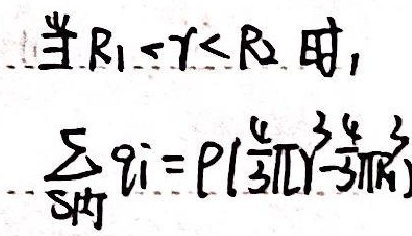
当\(R_{1}<r<R_{2}\)时，
\(\sum_{S内}q_{i} =\rho(\frac{4}{3}\pi r^{3}-\frac{4}{3}\pi R_{1}^{3})\)